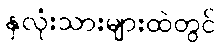
နှလုံးသားများထဲတွင်